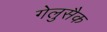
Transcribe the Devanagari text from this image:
गेलुसैक